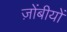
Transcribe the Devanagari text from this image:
ज़ोंबीयों